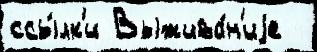
ссы́лк'и Выжива́н'иjе